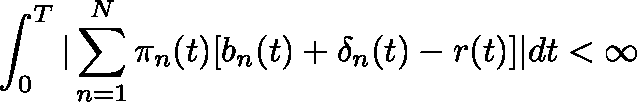
\int _ { 0 } ^ { T } | \sum _ { n = 1 } ^ { N } \pi _ { n } ( t ) [ b _ { n } ( t ) + \mathbf { \delta } _ { n } ( t ) - r ( t ) ] | d t < \infty